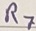
Text: R7